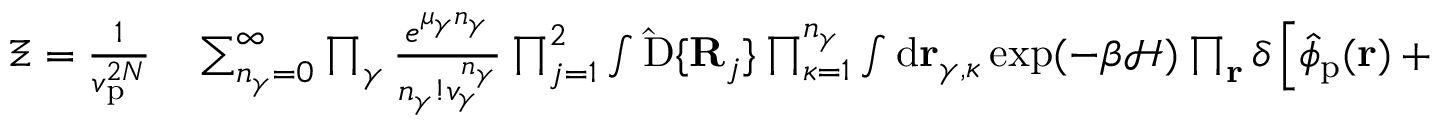
\begin{array} { r l } { { \Xi } = \frac { 1 } { v _ { \mathrm { p } } ^ { 2 N } } } & { { } \sum _ { n _ { \gamma } = 0 } ^ { \infty } \prod _ { \gamma } \frac { e ^ { \mu _ { \gamma } n _ { \gamma } } } { n _ { \gamma } ! v _ { \gamma } ^ { n _ { \gamma } } } \prod _ { j = 1 } ^ { 2 } \int \mathrm { \hat { D } } \{ \mathbf { R } _ { j } \} \prod _ { \kappa = 1 } ^ { n _ { \gamma } } \int \mathrm { d } \mathbf { r } _ { \gamma , \kappa } \exp ( - { \beta } \mathcal { H } ) \prod _ { \mathbf { r } } \delta \left[ \hat { \phi } _ { \mathrm { p } } ( \mathbf { r } ) + \hat { \phi } _ { \mathrm { s } } ( \mathbf { r } ) - 1 \right] } \end{array}